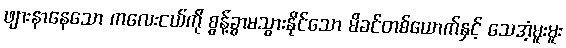
ဖျားနာနေသော ကလေးငယ်ကို စွန့်ခွာမသွားနိုင်သော မိခင်တစ်ယောက်နှင့် သေအံ့မူးမူး